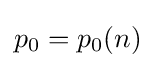
p_{0}=p_{0}(n)